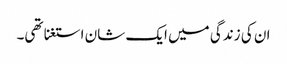
ان کی زندگی میں ایک شان استغنا تھی۔